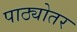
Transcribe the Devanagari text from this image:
पाठ्योतर